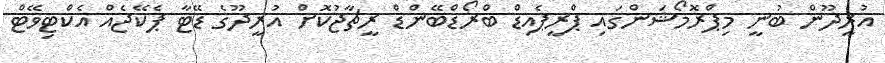
އުރީދޫން ބުނީ މިޕްރޮމޯޝަންގައި ޕްރީޕެއިޑް ބްރޯޑްބޭންޑް ރީޗާޖުކޮށް އުރީދޫގެ ޑޭޓާ ޕެކޭޖެއް އެކްޓިވޭޓް